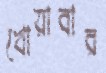
খোয়াবার